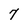
Character: 7